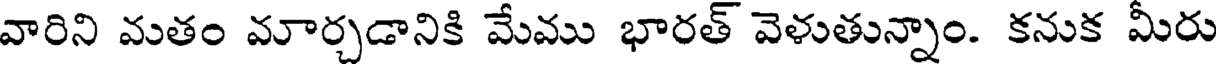
వారిని మతం మార్చడానికి మేము భారత్ వెళుతున్నాం. కనుక మీరు